Annual report on the Civil Veterinary Department, Burma (including the Insein Veterinary School) - 1910-1922
Year: 1910
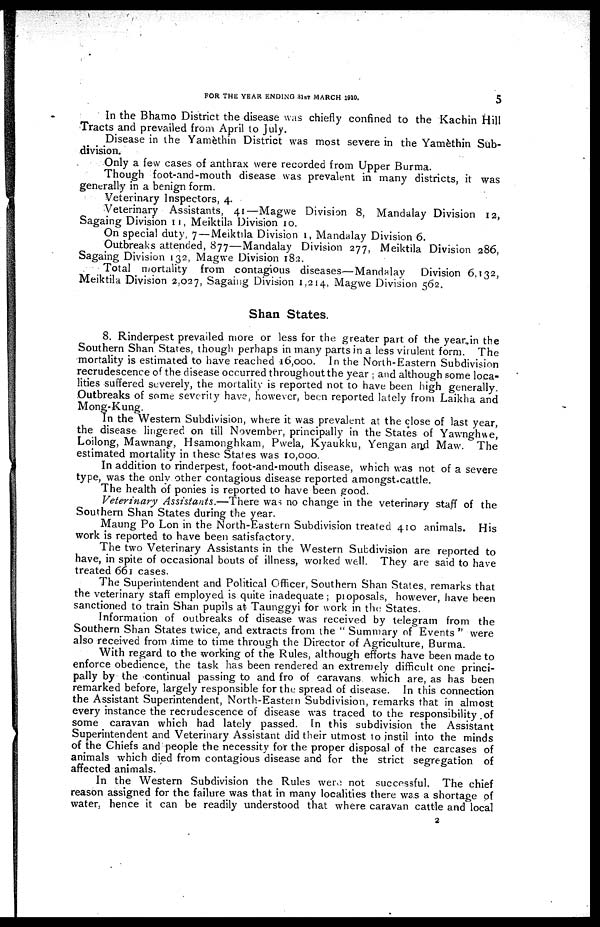
FOR THE YEAR ENDING 31ST MARCH 1010.
5
In the Bhamo District the disease was chiefly confined to the Kachin Hill
Tracts and prevailed from April to July.
Disease in the Yamèthin District was most severe in the Yamèthin Sub-
division.
Only a few cases of anthrax were recorded from Upper Burma.
Though foot-and-mouth disease was prevalent in many districts, it was
generally in a benign form.
Veterinary Inspectors, 4.
Veterinary Assistants, 41—Magwe Division 8, Mandalay Division 12,
Sagaing Division 11, Meiktila Division 10.
On special duty, 7—Meiktila Division 1, Mandalay Division 6.
Outbreaks attended, 877—Mandalay Division 277, Meiktila Division 286,
Sagaing Division 132, Magwe Division 182.
Total mortality from contagious diseases—Mandalay Division 6,132,
Meiktila Division 2,027, Sagaing Division 1,214, Magwe Division 562.
Shan States.
8. Rinderpest prevailed more or less for the greater part of the year in the
Southern Shan States, though perhaps in many parts in a less virulent form. The
mortality is estimated to have reached 16,000. In the North-Eastern Subdivision
recrudescence of the disease occurred throughout the year ; and although some loca-
lities suffered severely, the mortality is reported not to have been high generally.
Outbreaks of some severity have, however, been reported lately from Laikha and
Mong-Kung.
In the Western Subdivision, where it was prevalent at the close of last year,
the disease lingered on till November, principally in the States of Yawnghwe,
Loilong, Mawnang, Hsamonghkam, Pwela, Kyaukku, Yengan and Maw. The
estimated mortality in these States was 10,000.
In addition to rinderpest, foot-and-mouth disease, which was not of a severe
type, was the only other contagious disease reported amongst-cattle.
The health of ponies is reported to have been good.
Veterinary Assistants.—There was no change in the veterinary staff of the
Southern Shan States during the year.
Maung Po Lon in the North-Eastern Subdivision treated 410 animals. His
work is reported to have been satisfactory.
The two Veterinary Assistants in the Western Subdivision are reported to
have, in spite of occasional bouts of illness, worked well. They are said to have
treated 661 cases.
The Superintendent and Political Officer, Southern Shan States, remarks that
the veterinary staff employed is quite inadequate; pioposals, however, have been
sanctioned to train Shan pupils at Taunggyi for work in the States.
Information of outbreaks of disease was received by telegram from the
Southern Shan States twice, and extracts from the " Summary of Events " were
also received from time to time through the Director of Agriculture, Burma.
With regard to the working of the Rules, although efforts have been made to
enforce obedience, the task has been rendered an extremely difficult one princi-
pally by the continual passing to and fro of caravans which are, as has been
remarked before, largely responsible for the spread of disease. In this connection
the Assistant Superintendent, North-Eastern Subdivision, remarks that in almost
every instance the recrudescence of disease was traced to the responsibility of
some caravan which had lately passed. In this subdivision the Assistant
Superintendent and Veterinary Assistant did their utmost to instil into the minds
of the Chiefs and people the necessity for the proper disposal of the carcases of
animals which died from contagious disease and for the strict segregation of
affected animals.
In the Western Subdivision the Rules were not successful. The chief
reason assigned for the failure was that in many localities there was a shortage of
water, hence it can be readily understood that where caravan cattle and local
2